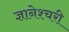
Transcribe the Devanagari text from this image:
ज्ञानेश्चरी